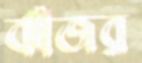
ঝাঁজর